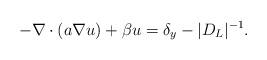
LaTeX: \begin{align*}- \nabla \cdot (a \nabla u ) + \beta u = \delta_y - |D_L|^{-1}.\end{align*}